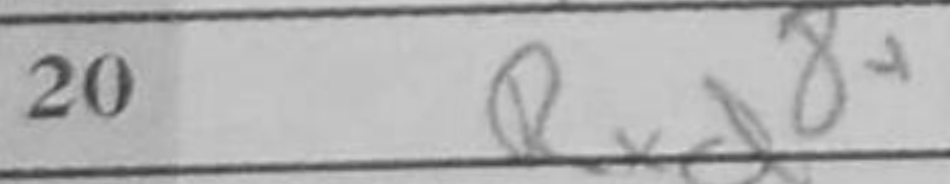
Transcription: Rxd8+